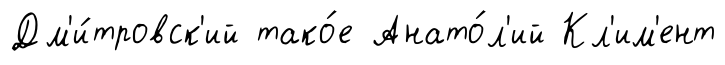
Дм'и́тровск'ий тако́е Анато́л'ий Кл'им'ент